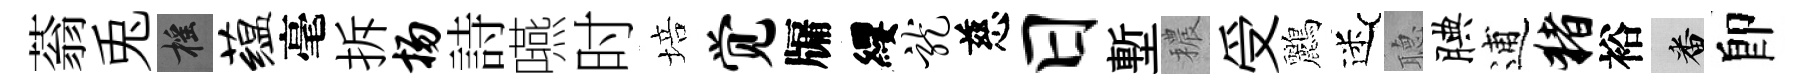
蓊兎摇蕴毫拆扬詩嚥时培觉牖纓龙慈日塹穠受鸝迷𦗟腆逋猪裕番卽